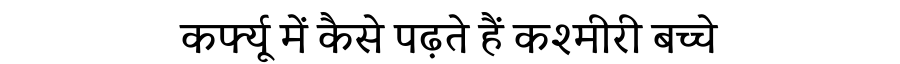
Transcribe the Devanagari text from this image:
कर्फ्यू में कैसे पढ़ते हैं कश्मीरी बच्चे